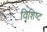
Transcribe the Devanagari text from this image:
विशिष्‍ट